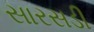
સારસડી